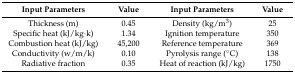
| Input Parameters | Value | Input Parameters | Value |
 | --- | --- | --- | --- |
 | Thickness (m) | 0.45 | Density (kg/m3) | 25 |
 | Specific heat (kJ/kg·k) | 1.34 | Ignition temperature | 350 |
 | Combustion heat (kJ/kg) | 45,200 | Reference temperature | 369 |
 | Conductivity (w/m/k) | 0.10 | Pyrolysis range (°C) | 138 |
 | Radiative fraction | 0.35 | Heat of reaction (kJ/kg) | 1750 |